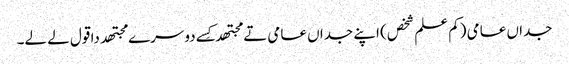
جداں عامی (کم علم شخص) اپنے جداں عامی تے مجتھدکِس‏ے دوسرے مجتھد دا قول لے لے۔